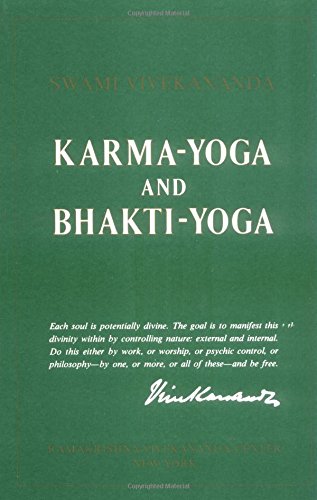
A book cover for Karma-Yoga and Bhakti-Yoga; Swami Vivekananda; Religion & Spirituality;